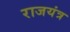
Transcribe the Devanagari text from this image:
राजयंत्र